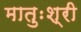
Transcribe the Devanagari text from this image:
मातुःश्री